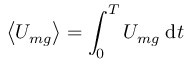
\left< U _ { m g } \right> = \int _ { 0 } ^ { T } U _ { m g } \; \mathrm { d } t